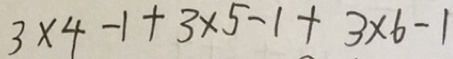
3 \times 4 - 1 + 3 \times 5 - 1 + 3 \times 6 - 1